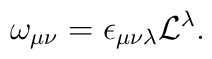
\omega_{\mu\nu} = \epsilon_{\mu\nu\lambda} {\cal L}^\lambda.